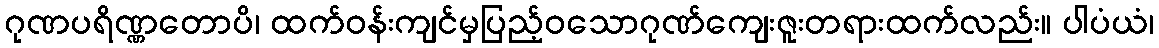
ဂုဏပရိဏ္ဏတောပိ၊ ထက်ဝန်းကျင်မှပြည့်ဝသောဂုဏ်ကျေးဇူးတရားထက်လည်း။ ပါပံယံ၊